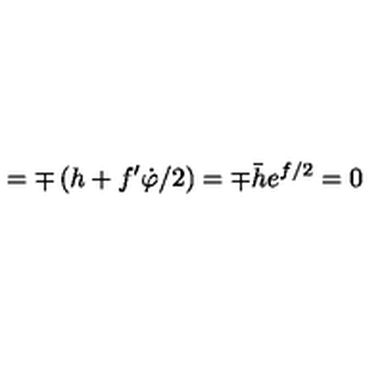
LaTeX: = \mp \left( h + f ^ { \prime } \dot { \varphi } / 2 \right) = \mp \bar { h } e ^ { f / 2 } = 0